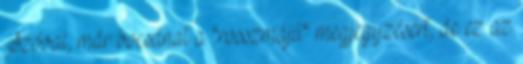
Szóval, már bocsánat a "rosszmájú" megjegyzésért, de ez az